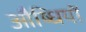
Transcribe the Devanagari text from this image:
औष्धियों